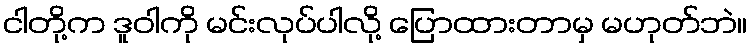
ငါတို့က ဒူဝါကို မင်းလုပ်ပါလို့ ပြောထားတာမှ မဟုတ်ဘဲ။